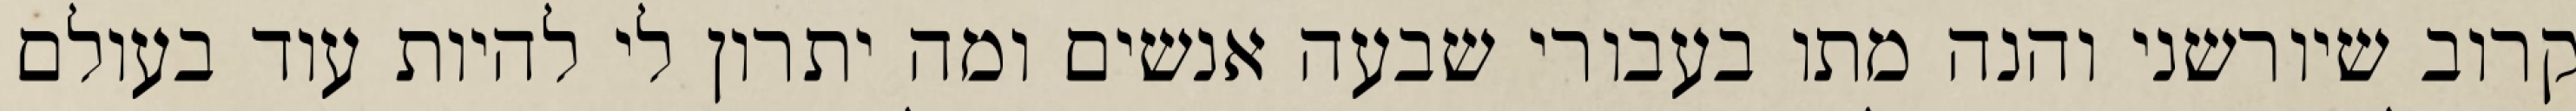
קרוב שיורשני והנה מתו בעבורי שבעה אנשים ומה יתרון לי להיות עוד בעולם